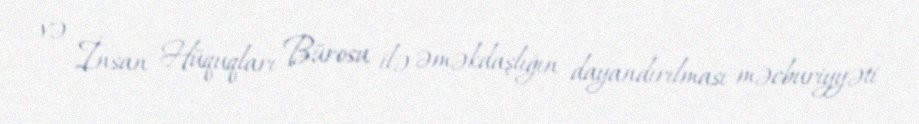
və İnsan Hüquqları Bürosu ilə əməkdaşlığın dayandırılması məcburiyyəti